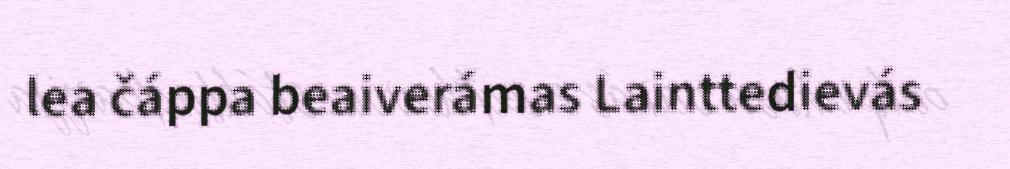
lea čáppa beaiverámas Lainttedievás